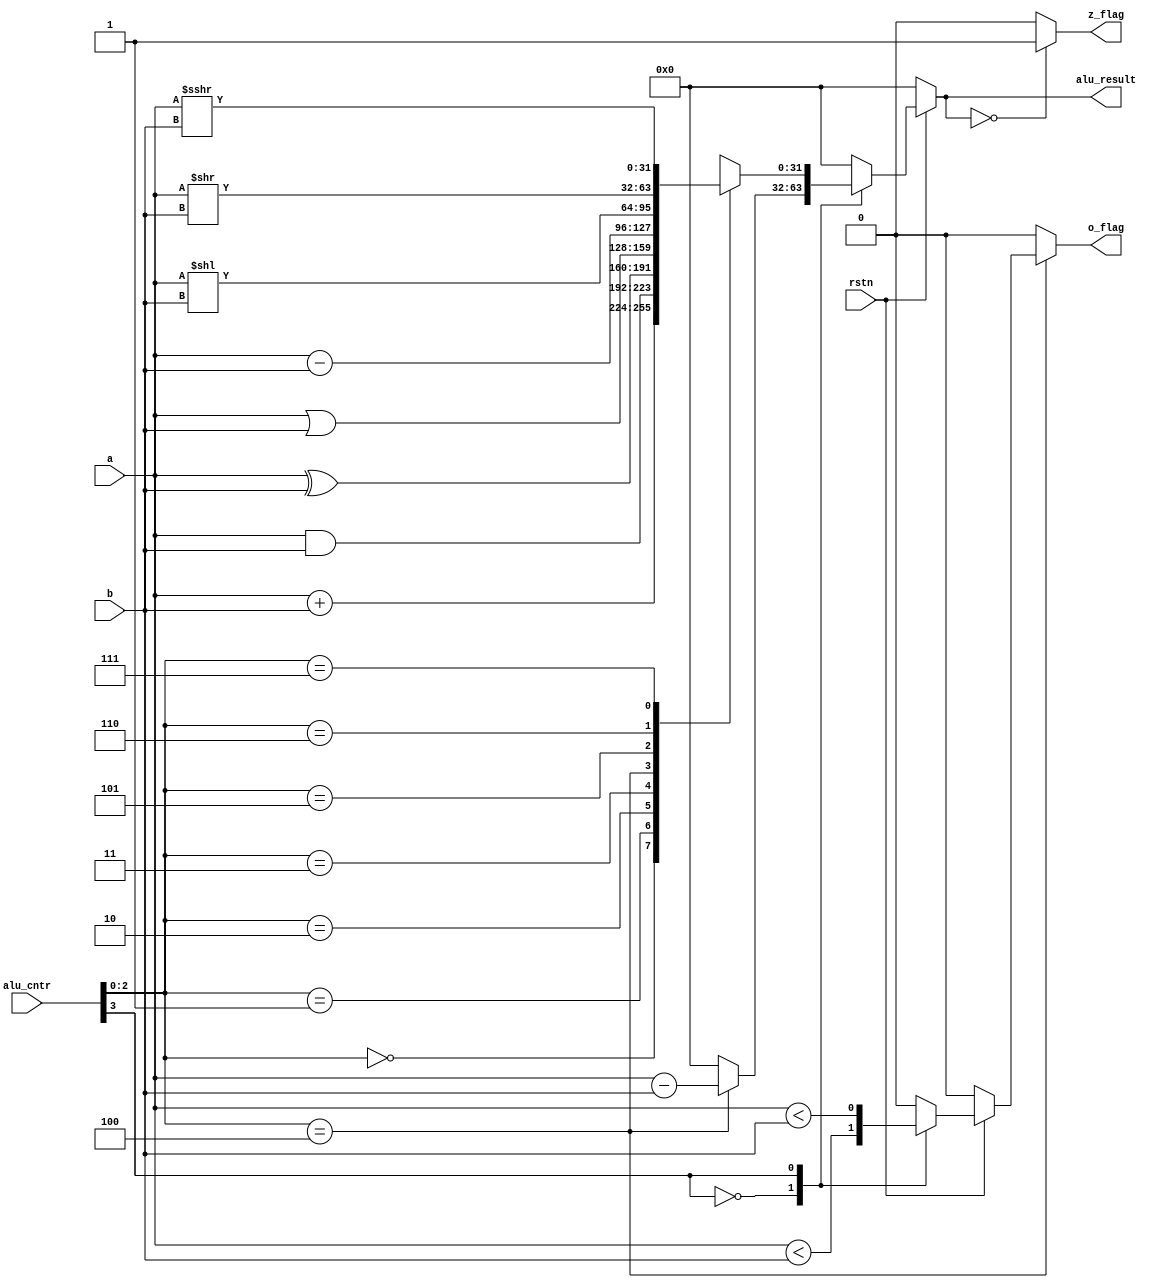
/***********************************************************************************************************
Github repo : https://github.com/Praseeda-S/RISC-V-Soc.git
Date : 20/04/2021
Authors : Praseeda S, Sanjana AR, Parvathy PH, Anna Sebastine
College Name : College of Engineering, Trivandrum
Project Name : Design and Verification of Vriddhi: A RISC-V Core
Design name : Arithmetic-Logic Unit
Module name : alu
Description : Performs arithmetic operations on operands retrieved by execution block from the register set
***********************************************************************************************************/

module alu #(parameter WIDTH=32)(
input      [3:0]alu_cntr,
input signed[WIDTH-1:0] 	a, b,
input rstn,
output  		o_flag,
output		z_flag,
output reg 	[WIDTH-1:0]alu_result);

wire [WIDTH-1:0] unsigned_in_a = $unsigned(a);
wire [WIDTH-1:0] unsigned_in_b = $unsigned(b);

reg slt_reg;

assign z_flag = (alu_result == 0)? 1'b1:1'b0;
assign o_flag = (alu_cntr[2:0] == 3'b100)? slt_reg : 1'b0;


always@(*)
begin
if(~rstn)
begin
alu_result <= 32'b0;
slt_reg<=0;
end
else
begin
alu_result = 32'b0;
slt_reg=0;
case(alu_cntr[3])
1'b0:	//-----------------------------UNSIGNED OPERATIONS [sltiu, sltu, bgeu, bltu]
	begin
	if (alu_cntr[2:0] == 3'b100)
		alu_result <= unsigned_in_a - unsigned_in_b;
		slt_reg <= (unsigned_in_a < unsigned_in_b);	
	end
1'b1:	//-------------------------------SIGNED OPERATIONS
	begin 
	case(alu_cntr[2:0])
		3'b000:	alu_result <= a + b;
		3'b001: alu_result <= a & b;
		3'b010:	alu_result <= a ^ b;
		3'b011:	alu_result <= a | b;
		3'b100:	begin 
			alu_result <= a - b;
			slt_reg <= (a < b);
			end
		3'b101:	alu_result <= a << unsigned_in_b;
		3'b110:	alu_result <= a >> unsigned_in_b;
		3'b111:	alu_result <= a >>> unsigned_in_b;
		default : alu_result <=0;
	endcase
	end
endcase
end
end
endmodule